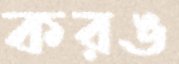
করঙ